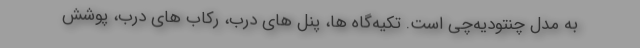
به مدل چنتودیه‌چی است. تکیه‌گاه ها، پنل های درب، رکاب های درب، پوشش